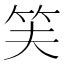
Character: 𬔮